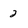
Character: 2